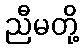
ညီမတို့